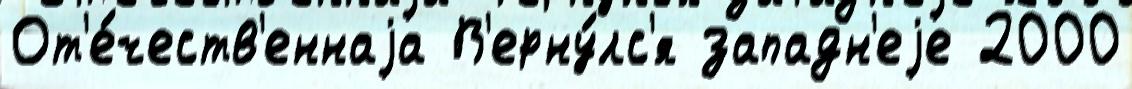
От'е́честв'еннаjа В'ерну́лс'я западн'еjе 2000